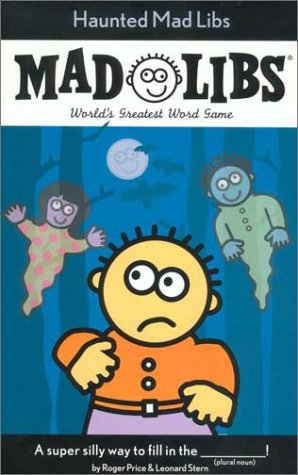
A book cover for Haunted Mad Libs; Roger Price; Children's Books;